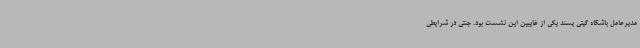
مدیرعامل باشگاه گیتی پسند یکی از غایبین این نشست بود. جنتی در شرایطی